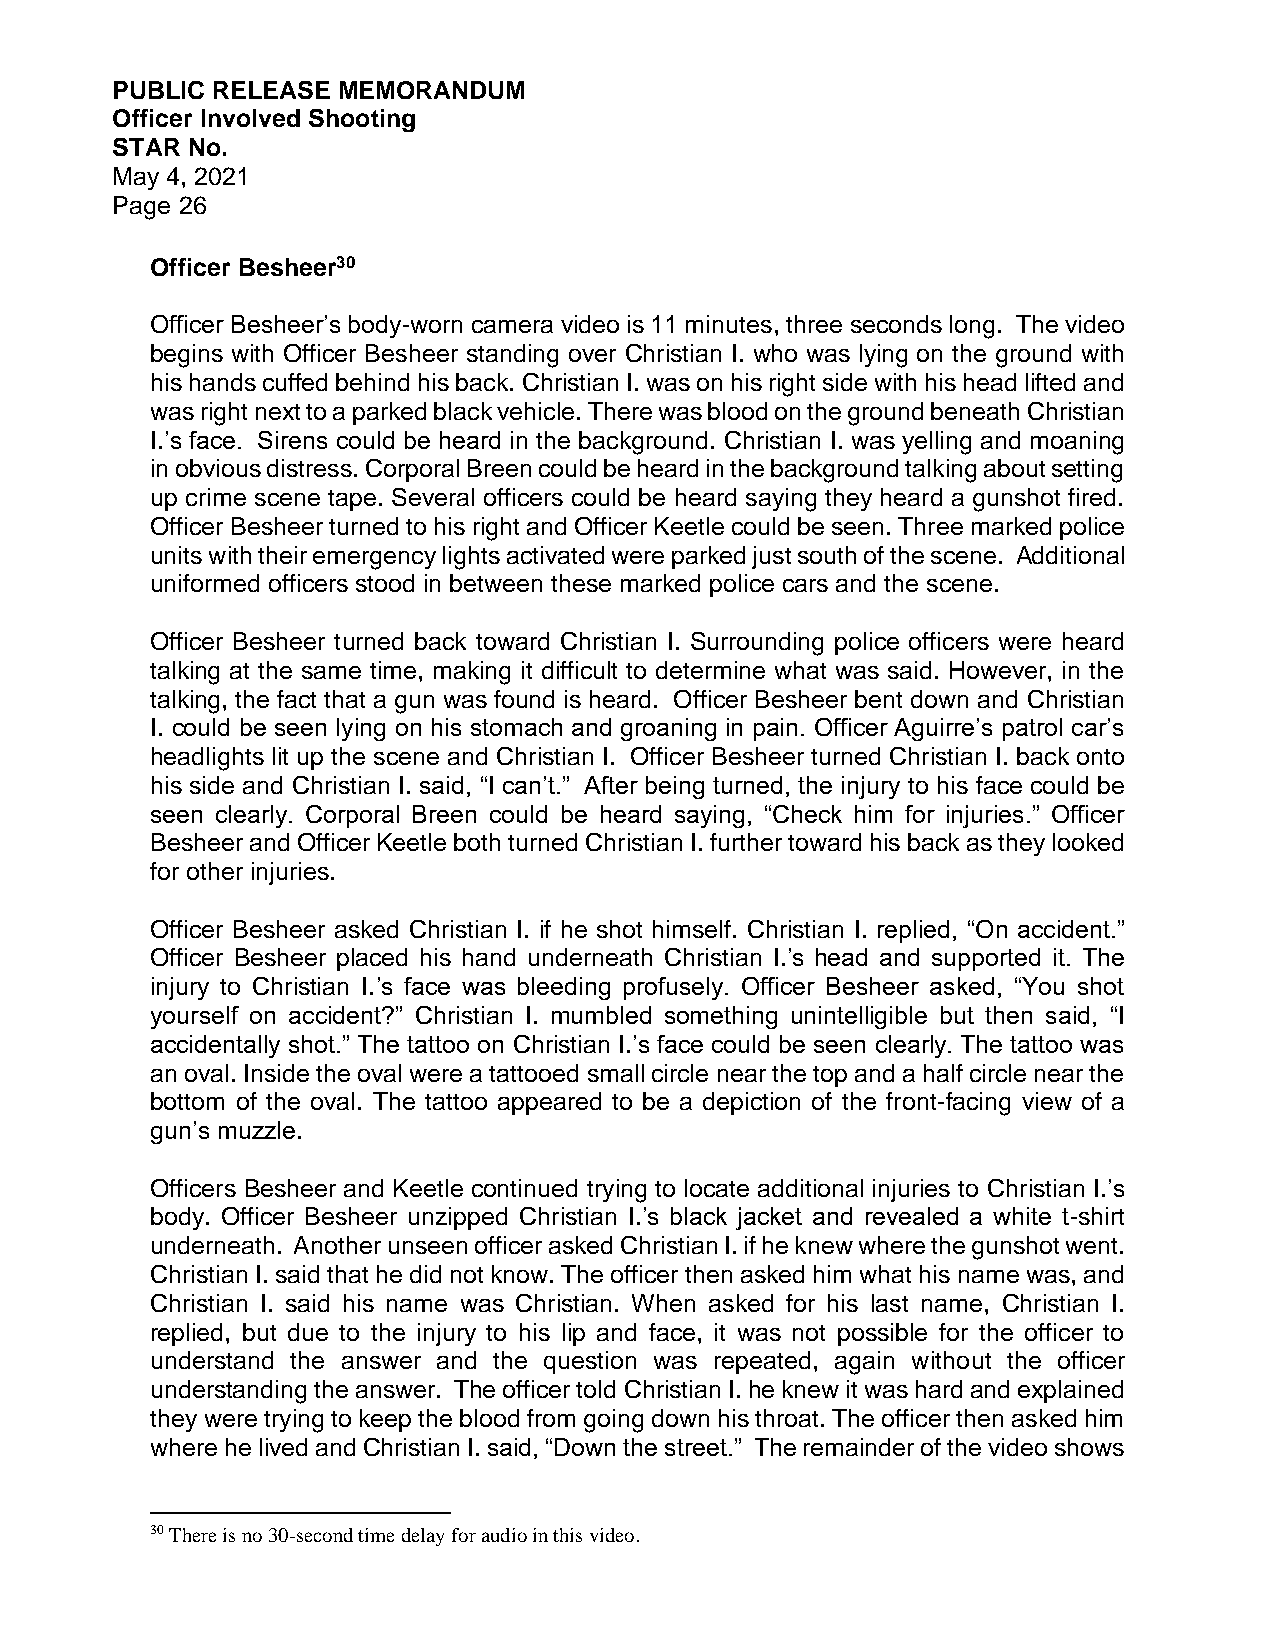
PUBLIC RELEASE MEMORANDUM
 Officer Involved Shooting
 STAR No.
 May 4, 2021
 Page 26
 Officer Besheer30
 Officer Besheer’s body-worn camera video is 11 minutes, three seconds long. The video
 begins with Officer Besheer standing over Christian I. who was lying on the ground with
 his hands cuffed behind his back. Christian I. was on his right side with his head lifted and
 was right next to a parked black vehicle. There was blood on the ground beneath Christian
 I.’s face. Sirens could be heard in the background. Christian I. was yelling and moaning
 in obvious distress. Corporal Breen could be heard in the background talking about setting
 up crime scene tape. Several officers could be heard saying they heard a gunshot fired.
 Officer Besheer turned to his right and Officer Keetle could be seen. Three marked police
 units with their emergency lights activated were parked just south of the scene. Additional
 uniformed officers stood in between these marked police cars and the scene.
 Officer Besheer turned back toward Christian I. Surrounding police officers were heard
 talking at the same time, making it difficult to determine what was said. However, in the
 talking, the fact that a gun was found is heard. Officer Besheer bent down and Christian
 I. could be seen lying on his stomach and groaning in pain. Officer Aguirre’s patrol car’s
 headlights lit up the scene and Christian I. Officer Besheer turned Christian I. back onto
 his side and Christian I. said, “I can’t.” After being turned, the injury to his face could be
 seen clearly. Corporal Breen could be heard saying, “Check him for injuries.” Officer
 Besheer and Officer Keetle both turned Christian I. further toward his back as they looked
 for other injuries.
 Officer Besheer asked Christian I. if he shot himself. Christian I. replied, “On accident.”
 Officer Besheer placed his hand underneath Christian I.’s head and supported it. The
 injury to Christian I.’s face was bleeding profusely. Officer Besheer asked, “You shot
 yourself on accident?” Christian I. mumbled something unintelligible but then said, “I
 accidentally shot.” The tattoo on Christian I.’s face could be seen clearly. The tattoo was
 an oval. Inside the oval were a tattooed small circle near the top and a half circle near the
 bottom of the oval. The tattoo appeared to be a depiction of the front-facing view of a
 gun’s muzzle.
 Officers Besheer and Keetle continued trying to locate additional injuries to Christian I.’s
 body. Officer Besheer unzipped Christian I.’s black jacket and revealed a white t-shirt
 underneath. Another unseen officer asked Christian I. if he knew where the gunshot went.
 Christian I. said that he did not know. The officer then asked him what his name was, and
 Christian I. said his name was Christian. When asked for his last name, Christian I.
 replied, but due to the injury to his lip and face, it was not possible for the officer to
 understand the answer and the question was repeated, again without the officer
 understanding the answer. The officer told Christian I. he knew it was hard and explained
 they were trying to keep the blood from going down his throat. The officer then asked him
 where he lived and Christian I. said, “Down the street.” The remainder of the video shows
 30 There is no 30-second time delay for audio in this video.